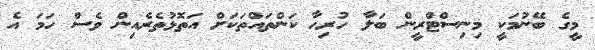
މީގެ ބޭނުމަކީ މިނިސްޓްރީން ބަލާ ހުރިހާ ކަންތައްތަކަށް އަތޮޅުތެރެއިން ވެސް ހަމަ އެ